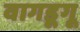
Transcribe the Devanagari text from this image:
वागडूगू